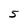
Character: 5